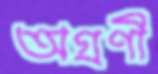
অগ্রণী